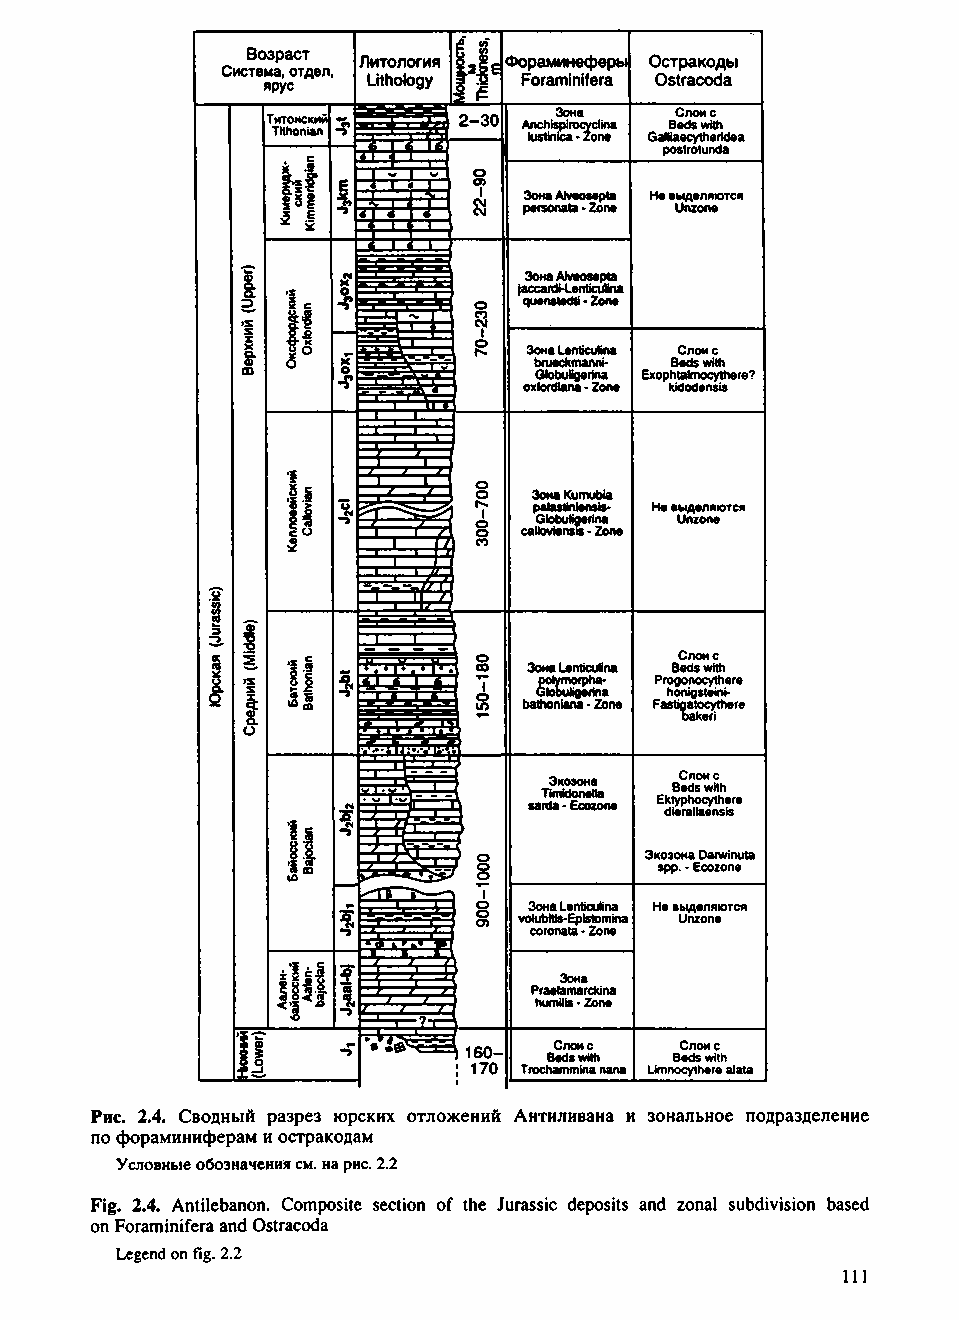
Возраст
 Литология ЕФораминеферы Остракоды
 Система, отдел,
 ярус   Lithology Foraminifera Ostracoda
 Т Tи tт thо oн nс iк aи nй -э A ln uc sh tinisЗ ip cо airн o •а c Zy oc nlin ea GallB iaС e edп cs yо tи w hс i et h
 ri dea
 postrotunda
 Зона Aiveosepta He еыдепяются
 personata - Zone Unzone
 Зона Aiveosepta
 jaccardHenticulina
 quenstedti * Zone
 Зона Lenticutina Слои c
 brueckmanni- Beds with
 GlobuUgerina Exophtalmocythere?
 oxford iana - Zone kidodensis
 .х .9           Зона Kumubia
 I 3-           p Ga ll oa bs uti Knl ge en rs inis a- He в Uы nд zе oл nя eются
 с О            calloviensis - Zone
 *
 Слоис
 Зона Lenticulina Beds with
 и о              polymorpha- Progonocythere
 II              Globuligerina honigsteini-
 bathoniana • Zone Fasti^rtocythere
 О
 Экоэона  Слои c
 sarT dim a k - J Eo cn oe zlt oa n e E dkt iB eyp re ad h ls lo a c ew y ni tt shh ie sre
 Экоэона Oarwinuta
 spp. • Ecozone
 JQ       о 8 voЗ luо bн lа ti sL -e En pt Ii sc tu ol mina in a He в Uы nд zе oл nя eются
 coronata - Zone
 Зона
 Praelamarckina
 humilis • Zone
 \ 160- Слоис   Слои c
 Beds with Beds with
 : 170 Trochammina nana Limnocythere alata
 Рис. 2.4. Сводный разрез юрских отложений Антиливана и зональное подразделение
 по фораминиферам и остракодам
 Условные обозначения см. на рис. 2.2
 Fig. 2.4. Antilebanon. Composite section of the Jurassic deposits and zonal subdivision based
 on Foraminifera and Ostracoda
 Legend on fig. 2.2
 111